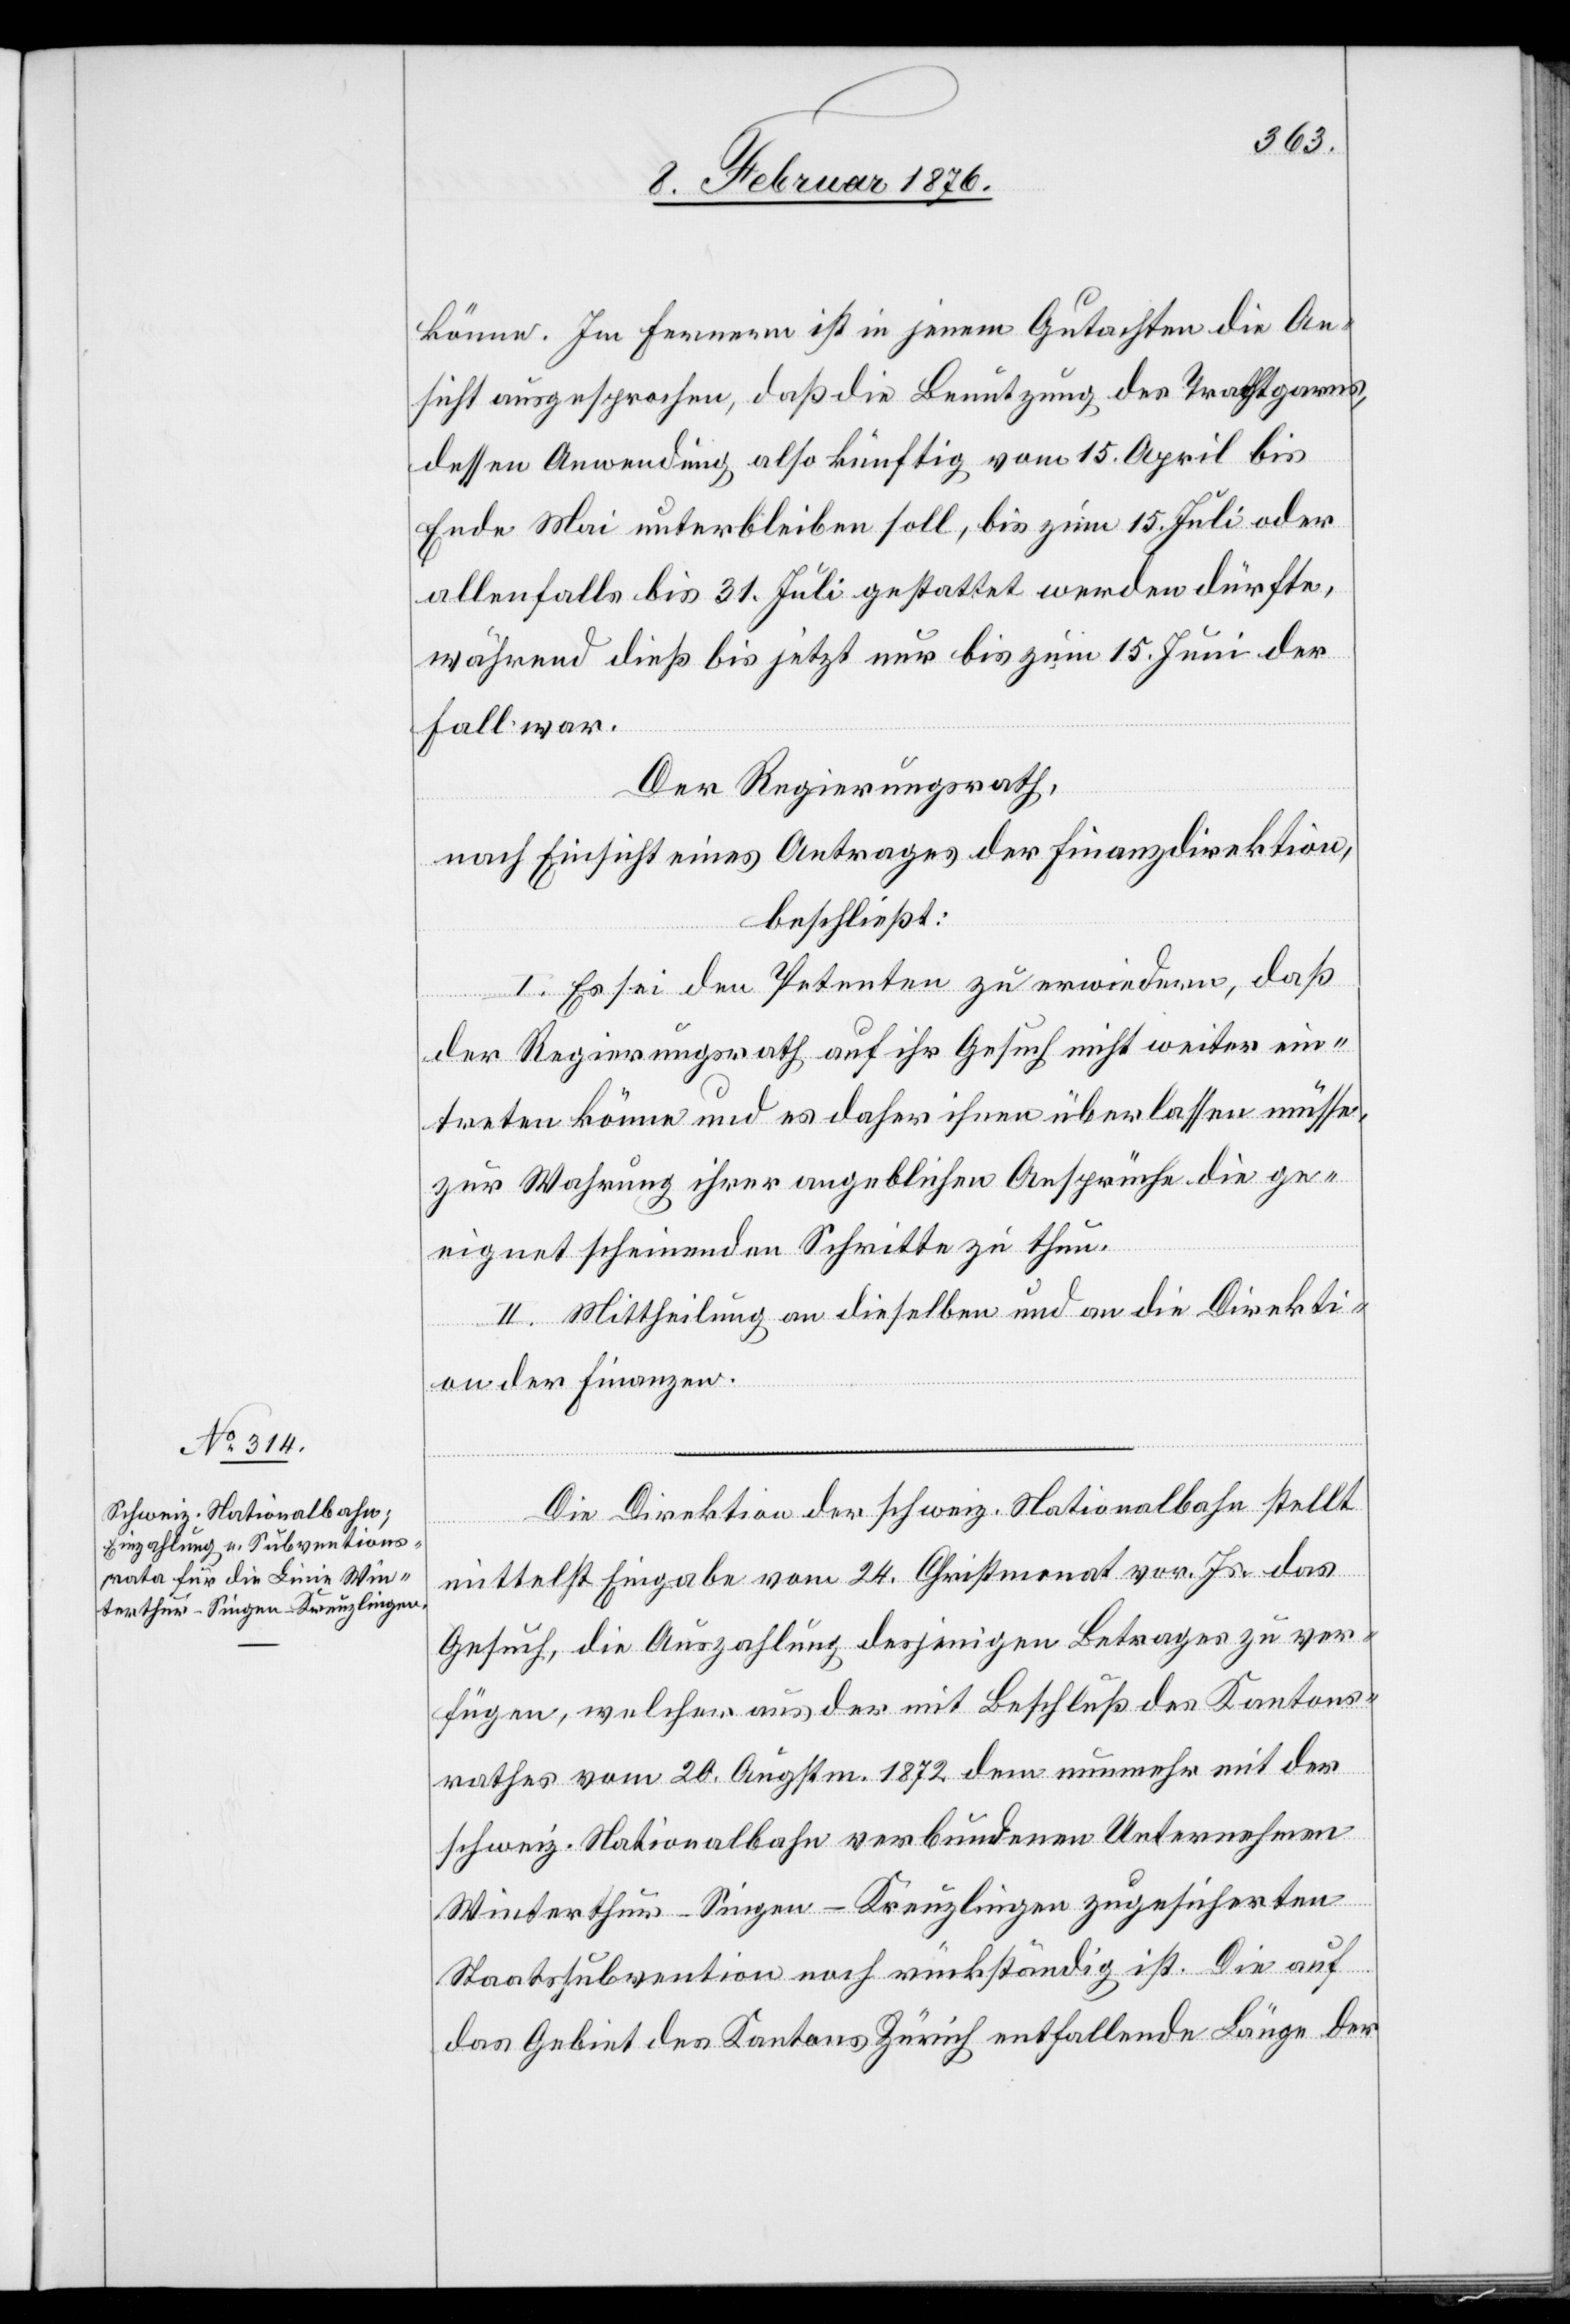
könne. Im Ferneren ist in jenem Gutachten die An¬
sicht ausgesprochen, daß die Benutzung des Trachtgarns,
dessen Anwendung also künftig vom 15. April bis
Ende Mai unterbleiben soll, bis zum 15. Juli oder
allenfalls bis 31. Juli gestattet werden dürfte,
während dieß bis jetzt nur bis zum 15. Juni der
Fall war.
Der Regierungsrath,
nach Einsicht eines Antrages der Finanzdirektion,
beschließt:
I. Es sei den Petenten zu erwidern, daß
der Regierungsrath auf ihr Gesuch nicht weiter ein¬
treten könne und es daher ihnen überlassen müsse,
zur Wahrung ihrer angeblichen Ansprüche die ge¬
eignet scheinenden Schritte zu thun.
II. Mittheilung an dieselben und an die Direkti¬
on der Finanzen.
Die Direktion der schweiz. Nationalbahn stellt
mittelst Eingabe vom 24. Christmonat vor. Js. das
Gesuch, die Auszahlung desjenigen Betrages zu ver¬
fügen, welcher aus der mit Beschluß des Kantons¬
rathes vom 20. Augstm. 1872 dem nunmehr mit der
schweiz. Nationalbahn verbundenen Unternehmen
Winterthur–Singen–Kreuzlingen zugesicherten
Staatssubvention noch rückständig ist. Die auf
das Gebiet des Kantons Zürich entfallende Länge der